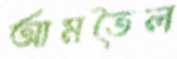
আমতৈল